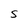
Character: S